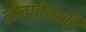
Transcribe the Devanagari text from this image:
लोबाचेवस्की